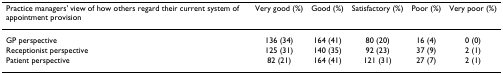
<table><thead><tr><td><b>Practice managers' view of how others regard their current system of appointment provision</b></td><td><b>Very good (%)</b></td><td><b>Good (%)</b></td><td><b>Satisfactory (%)</b></td><td><b>Poor (%)</b></td><td><b>Very poor (%)</b></td></tr></thead><tbody><tr><td>GP perspective</td><td>136 (34)</td><td>164 (41)</td><td>80 (20)</td><td>16 (4)</td><td>0 (0)</td></tr><tr><td>Receptionist perspective</td><td>125 (31)</td><td>140 (35)</td><td>92 (23)</td><td>37 (9)</td><td>2 (1)</td></tr><tr><td>Patient perspective</td><td>82 (21)</td><td>164 (41)</td><td>121 (31)</td><td>27 (7)</td><td>2 (1)</td></tr></tbody></table>